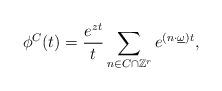
LaTeX: \begin{align*}\phi^C ( t ) = \frac{e^{zt}}{t} \sum_{n\in C\cap \mathbb{Z}^r } e^{(n\cdot\underline \omega ) t },\end{align*}